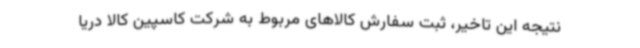
نتیجه این تاخیر، ثبت سفارش کالاهای مربوط به شرکت کاسپین کالا دریا